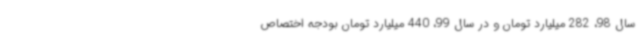
سال 98، 282 میلیارد تومان و در سال 99، 440 میلیارد تومان بودجه اختصاص